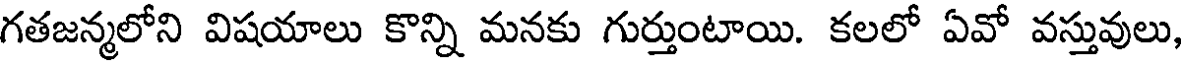
గతజన్మలోని విషయాలు కొన్ని మనకు గుర్తుంటాయి. కలలో ఏవో వస్తువులు,